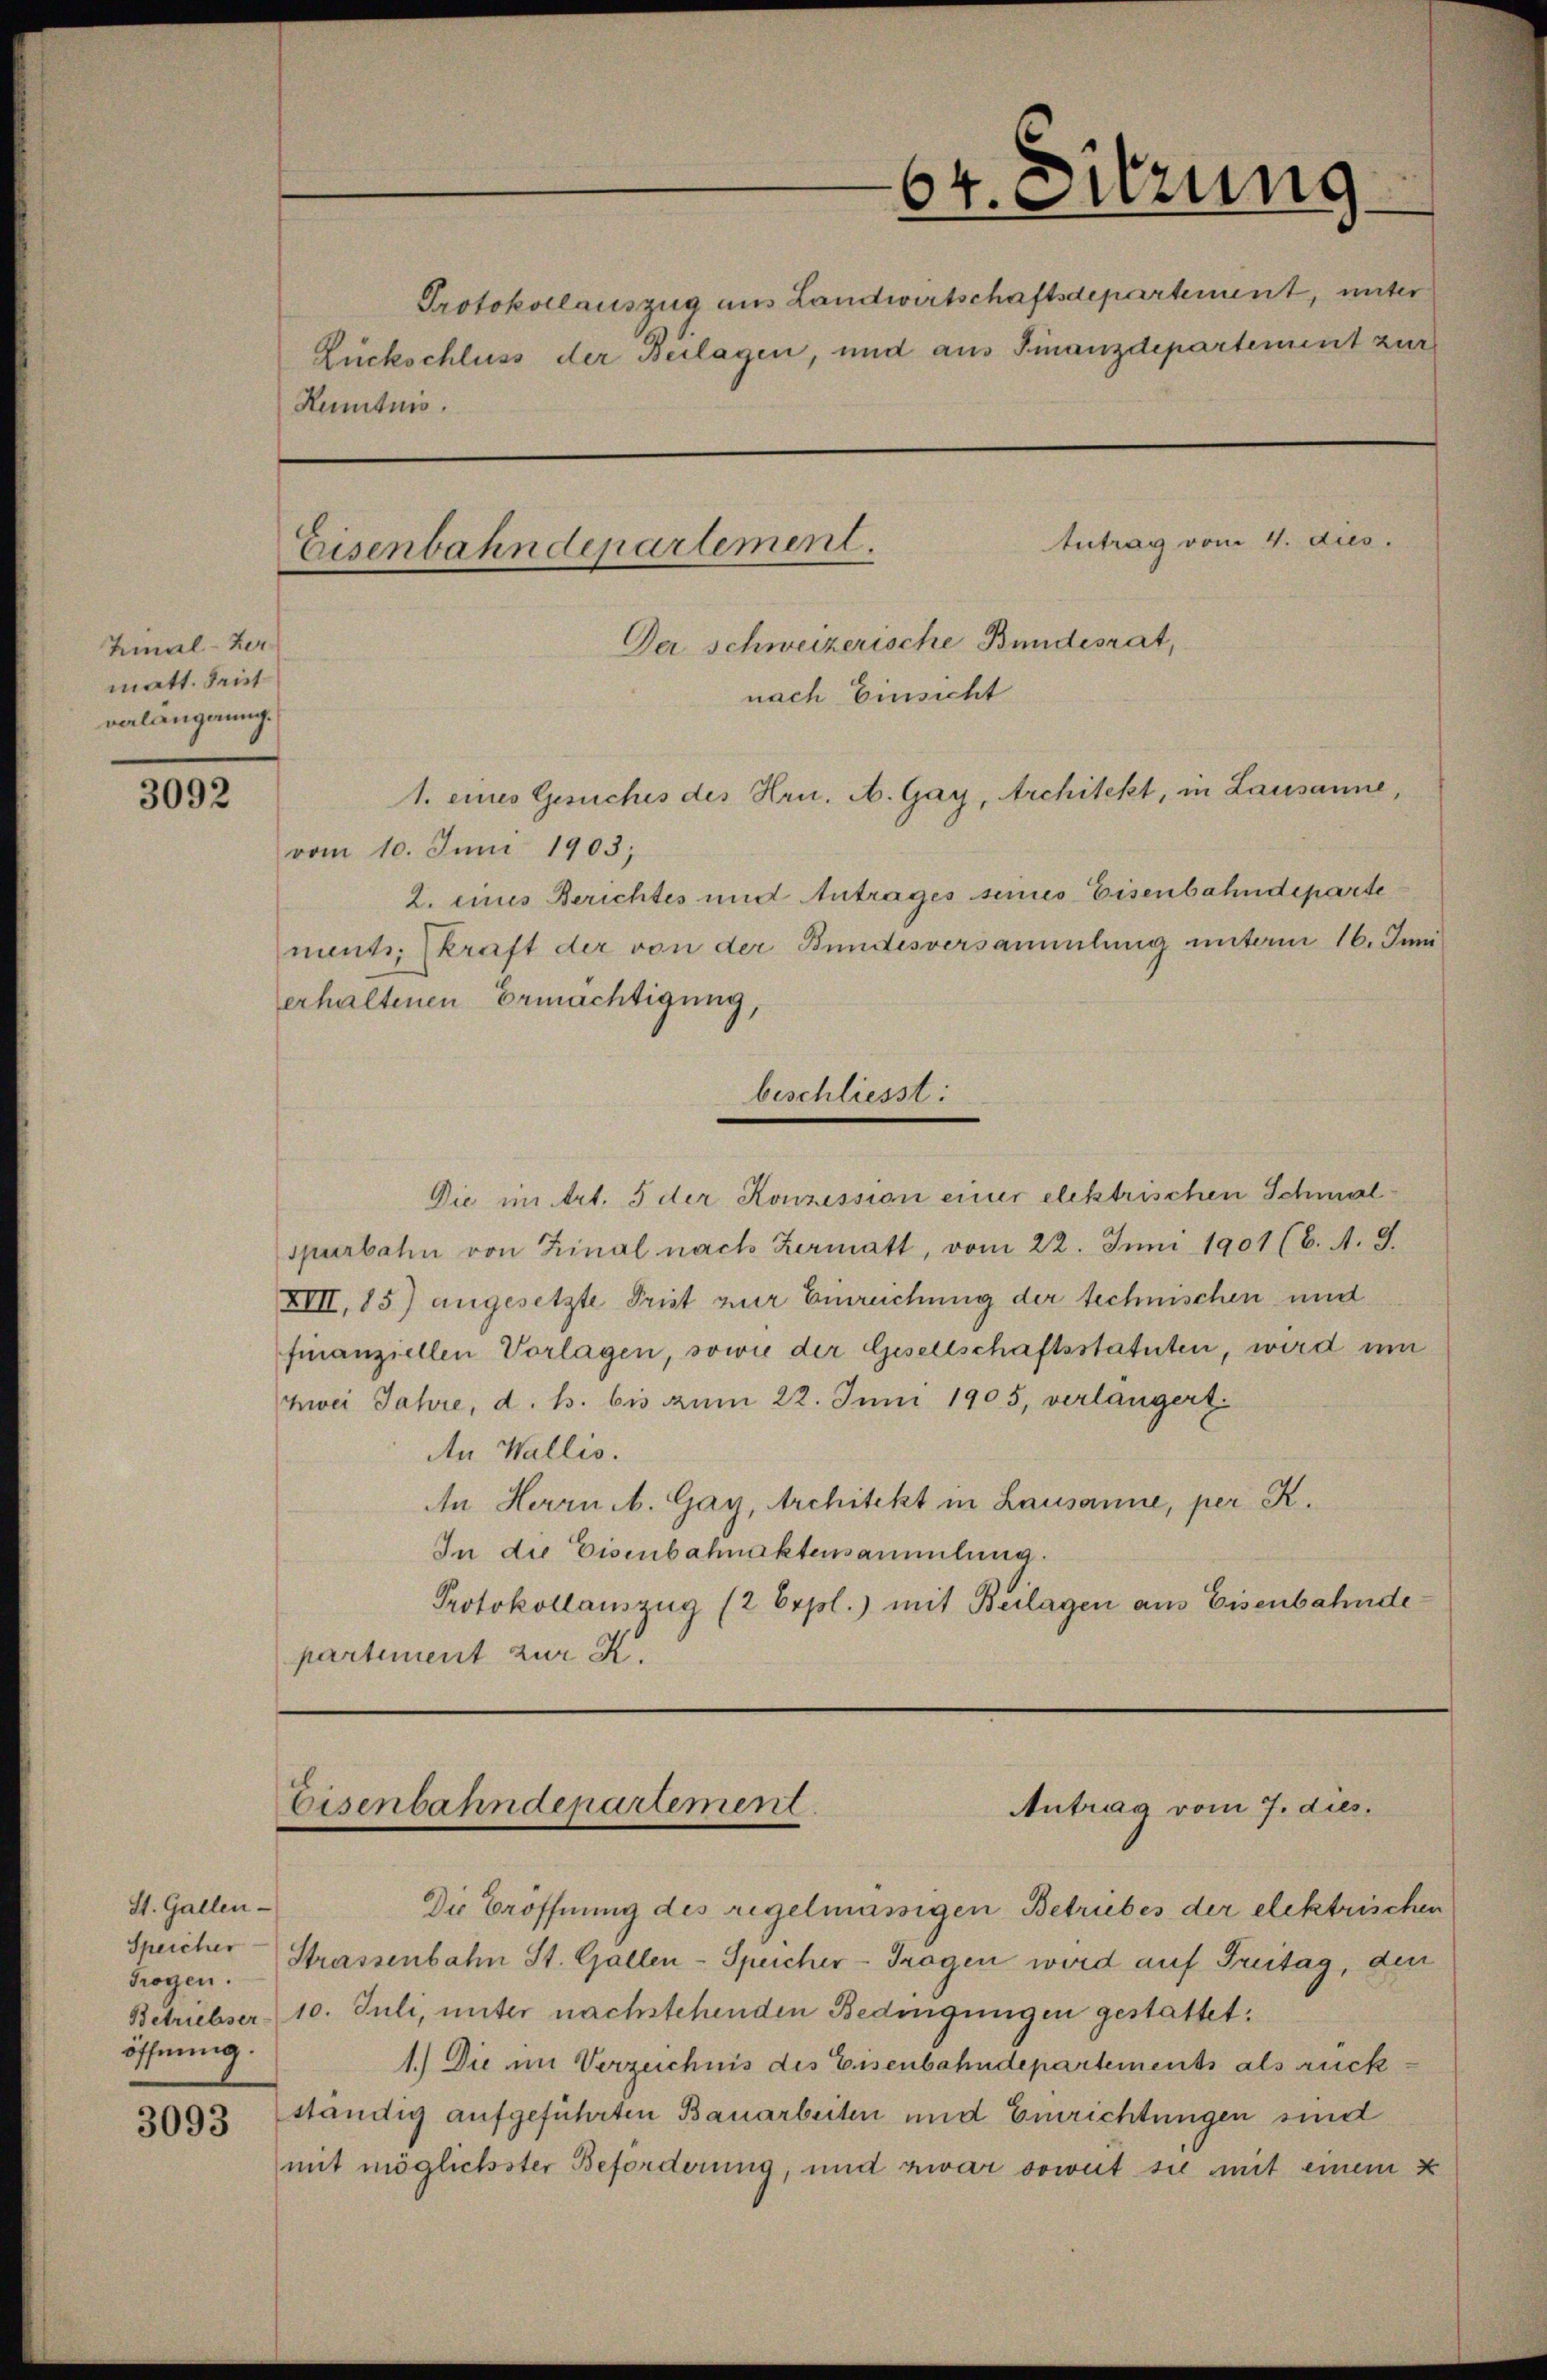
Zinal-Ber
matt. Seit
valangung.

3092

St. Gallen-
Speicher
Trogen.
öffnung.

3093

64. Sitzung
Protokollauszug aus Landwirtschaftsdepartement, unter
Zückschluss der Beilagen, und aus Finanzdepartement zur
Kentnis.
Antrag vom 4. dies.
Eisenbahndepartement.
Der Schweizerische Bundesrat,
nach Einsicht
1. eines Gesuches des Hrn. A. Gay, Architekt, in Lausanne,
vom 10. Juni 1903;
2. eines Berichtes und Antrages seines Eisenbahndeparte
ment, kraft der von der Bundesversammlung unterm 16. Juni
erhaltenen Ermächtigung,

beschliesst:

Eisenbahndepartement.
Antrag vom 7. dies.

Die in Art. 5 der Konzession einer elektrischen Schmalspurbahn von Zinal nach Zermatt, vom 22. Juni 1901 (6. A. G.
XIII, 85) angesetzte Prist zur Einreichung der technischen und
finanziellen Vorlagen, sowie der Gesellschaftsstatuten, wird um
nei Jahre, d. h. bis zum 22. Juni 1905, verlangert.
An Wallis.
An Herrn b. Gay, Architekt in Lausanne, per K.
In die Eisenbahnaktensammlung.
Protokollauszug (2 Erpl.) mit Beilagen aus Eisenbahndepartement zur R.

Die Eröffnung des regelmässigen Betriebes der elektrischen
Strassenbahn St. Gallen-Speicher-Fragen wird auf Freitag, den
Betriebser 10. Juli, unter nachstehenden Bedingungen gestattet.
1.) Die im Verzeichnis des Eisenbahndepartements als rück
ständig aufgeführten Bauarbeiten und Einrichtungen sind
mit möglichster Beforderung, und zwar soweit sie mit einem k